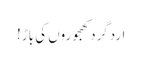
اردگرد کھجوروں کی باڑ!